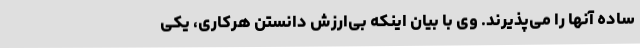
ساده آنها را می‌پذیرند. وی با بیان اینکه بی‌ارزش دانستن هرکاری، یکی